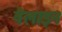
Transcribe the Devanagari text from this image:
वैलाइन